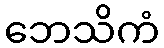
ဘေသိကံ